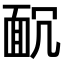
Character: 𩈌